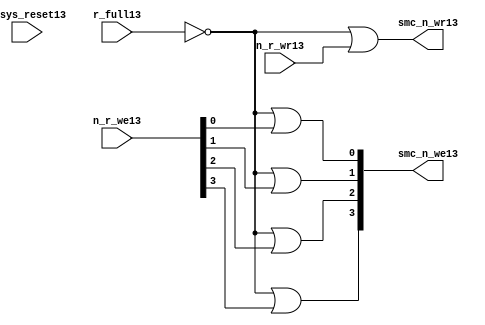
//File13 name   : smc_wr_enable_lite13.v
//Title13       : 
//Created13     : 1999
//Description13 : 
//Notes13       : 
//----------------------------------------------------------------------
//   Copyright13 1999-2010 Cadence13 Design13 Systems13, Inc13.
//   All Rights13 Reserved13 Worldwide13
//
//   Licensed13 under the Apache13 License13, Version13 2.0 (the
//   "License13"); you may not use this file except13 in
//   compliance13 with the License13.  You may obtain13 a copy of
//   the License13 at
//
//       http13://www13.apache13.org13/licenses13/LICENSE13-2.0
//
//   Unless13 required13 by applicable13 law13 or agreed13 to in
//   writing, software13 distributed13 under the License13 is
//   distributed13 on an "AS13 IS13" BASIS13, WITHOUT13 WARRANTIES13 OR13
//   CONDITIONS13 OF13 ANY13 KIND13, either13 express13 or implied13.  See
//   the License13 for the specific13 language13 governing13
//   permissions13 and limitations13 under the License13.
//----------------------------------------------------------------------


  module smc_wr_enable_lite13 (

                      //inputs13                      

                      n_sys_reset13,
                      r_full13,
                      n_r_we13,
                      n_r_wr13,

                      //outputs13

                      smc_n_we13,
                      smc_n_wr13);

//I13/O13
   
   input             n_sys_reset13;   //system reset
   input             r_full13;    // Full cycle write strobe13
   input [3:0]       n_r_we13;    //write enable from smc_strobe13
   input             n_r_wr13;    //write strobe13 from smc_strobe13
   output [3:0]      smc_n_we13;  // write enable (active low13)
   output            smc_n_wr13;  // write strobe13 (active low13)
   
   
//output reg declaration13.
   
   reg [3:0]          smc_n_we13;
   reg                smc_n_wr13;

//----------------------------------------------------------------------
// negedge strobes13 with clock13.
//----------------------------------------------------------------------
      

//----------------------------------------------------------------------
      
//--------------------------------------------------------------------
// Gate13 Write strobes13 with clock13.
//--------------------------------------------------------------------

  always @(r_full13 or n_r_we13)
  
  begin
  
     smc_n_we13[0] = ((~r_full13  ) | n_r_we13[0] );

     smc_n_we13[1] = ((~r_full13  ) | n_r_we13[1] );

     smc_n_we13[2] = ((~r_full13  ) | n_r_we13[2] );

     smc_n_we13[3] = ((~r_full13  ) | n_r_we13[3] );

  
  end

//--------------------------------------------------------------------   
//write strobe13 generation13
//--------------------------------------------------------------------   

  always @(n_r_wr13 or r_full13 )
  
     begin
  
        smc_n_wr13 = ((~r_full13 ) | n_r_wr13 );
       
     end

endmodule // smc_wr_enable13